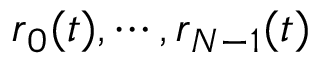
\boldsymbol { r } _ { 0 } ( t ) , \cdots , \boldsymbol { r } _ { N - 1 } ( t )